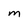
Character: M